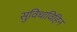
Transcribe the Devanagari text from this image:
सुविधाविहिन